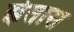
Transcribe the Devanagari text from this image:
झेतास